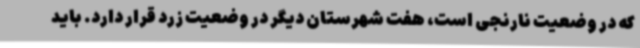
که در وضعیت نارنجی است، هفت شهرستان دیگر در وضعیت زرد قرار دارد. باید